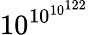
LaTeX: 10^{10^{10^{122}}}